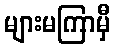
များမကြာမှီ